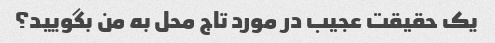
یک حقیقت عجیب در مورد تاج محل به من بگویید؟